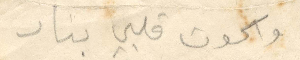
واكون قلبي بنار